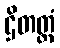
ဌိတတ္တံ